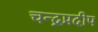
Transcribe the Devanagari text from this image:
चन्द्रप्रदीप